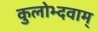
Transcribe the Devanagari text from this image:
कुलोभ्दवाम्